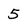
Character: 5